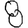
Digit: 8